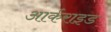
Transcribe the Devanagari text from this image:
आर्कराइड